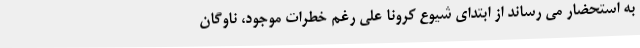
به استحضار می رساند از ابتدای شیوع کرونا علی رغم خطرات موجود، ناوگان